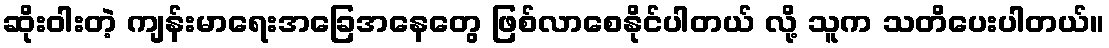
ဆိုးဝါးတဲ့ ကျန်းမာရေးအခြေအနေတွေ ဖြစ်လာစေနိုင်ပါတယ် လို့ သူက သတိပေးပါတယ်။